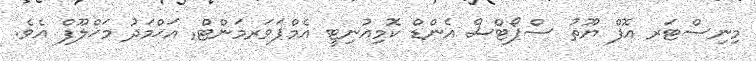
މިނިސްޓަރ އޮފް ޔޫތު ސްޕޯޓްސް އެންޑް ކޮމިއުނިޓީ އެމްޕަވަރމަންޓް